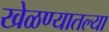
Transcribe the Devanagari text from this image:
खेळण्यातल्या